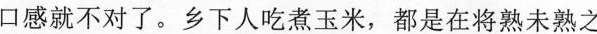
口感就不了。乡下人吃煮玉米，都是在将熟未熟之